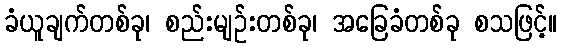
ခံယူချက်တစ်ခု၊ စည်းမျဉ်းတစ်ခု၊ အခြေခံတစ်ခု စသဖြင့်။